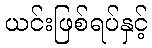
ယင်းဖြစ်ရပ်နှင့်